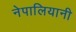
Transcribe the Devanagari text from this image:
नेपालियानी